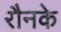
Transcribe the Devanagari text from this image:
रौनके